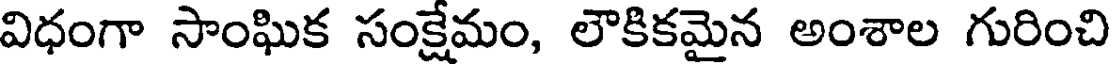
విధంగా సాంఘిక సంక్షేమం, లౌకికమైన అంశాల గురించి